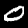
Digit: 0